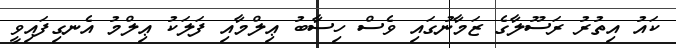
ކައު އިތުރު ރަސޫލާގެ ޒަމާނުގައި ވެސް ހިސާބު ޢިލްމާއި ފަލަކު ޢިލްމު އެނގިފައިވީ